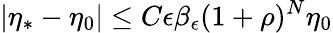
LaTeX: |\eta_{*}-\eta_{0}|\le C\epsilon\beta_{\epsilon}(1+\rho)^{N}\eta_{0}